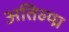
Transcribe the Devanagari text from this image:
अतिव्य्घ्र